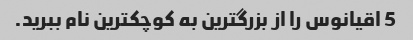
5 اقیانوس را از بزرگترین به کوچکترین نام ببرید.